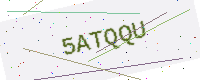
Text: 5ATQQU